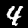
Label: 4